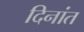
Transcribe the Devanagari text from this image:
दिनांत